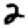
Digit: 2